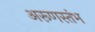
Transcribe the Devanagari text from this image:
अरूणस्तंभ